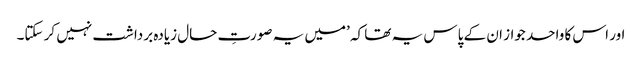
اور اس کا واحد جواز ان کے پاس یہ تھا کہ ’میں یہ صورتِ حال زیادہ برداشت نہیں کر سکتا۔